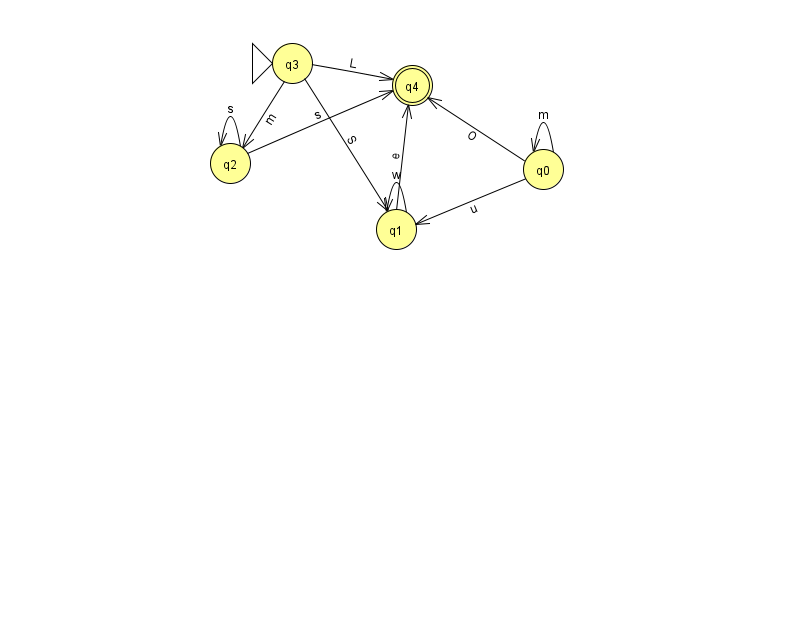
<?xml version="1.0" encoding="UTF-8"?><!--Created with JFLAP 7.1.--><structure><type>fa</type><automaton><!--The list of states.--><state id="0" name="q0"><x>543.0</x><y>156.0</y></state><state id="1" name="q1"><x>396.0</x><y>216.0</y></state><state id="2" name="q2"><x>230.0</x><y>150.0</y></state><state id="3" name="q3"><x>292.0</x><y>50.0</y><initial/></state><state id="4" name="q4"><x>412.0</x><y>72.0</y><final/></state><!--The list of transitions.--><transition><from>2</from><to>4</to><read>s</read></transition><transition><from>0</from><to>4</to><read>O</read></transition><transition><from>2</from><to>2</to><read>s</read></transition><transition><from>0</from><to>1</to><read>u</read></transition><transition><from>1</from><to>1</to><read>w</read></transition><transition><from>1</from><to>4</to><read>e</read></transition><transition><from>3</from><to>2</to><read>m</read></transition><transition><from>3</from><to>4</to><read>L</read></transition><transition><from>3</from><to>1</to><read>S</read></transition><transition><from>0</from><to>0</to><read>m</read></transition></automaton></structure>